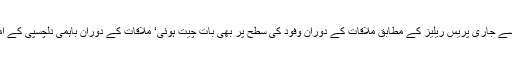
پاک فوج کے شعبہ تعلقات عامہ ((آئی ایس پی آر)) کی جانب سے جاری پریس ریلیز کے مطابق ملاقات کے دوران وفود کی سطح پر بھی بات چیت ہوئی‘ ملاقات کے دوران باہمی دلچسپی کے امور، علاقائی سلامتی اور دوطرفہ تعاون پر تبادلہ خیال کیا گیا۔